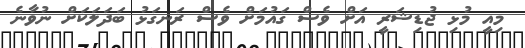
މިއީ މުޅި ޖުޑިޝަރީ އަށް ވެސް ގައުމަށް ވެސް ރަނގަޅު ބަދަލަކަށް ނުވާނެ